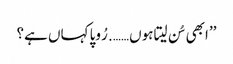
’’ابھی سُن لیتا ہوں……. رُوپا کہاں ہے؟